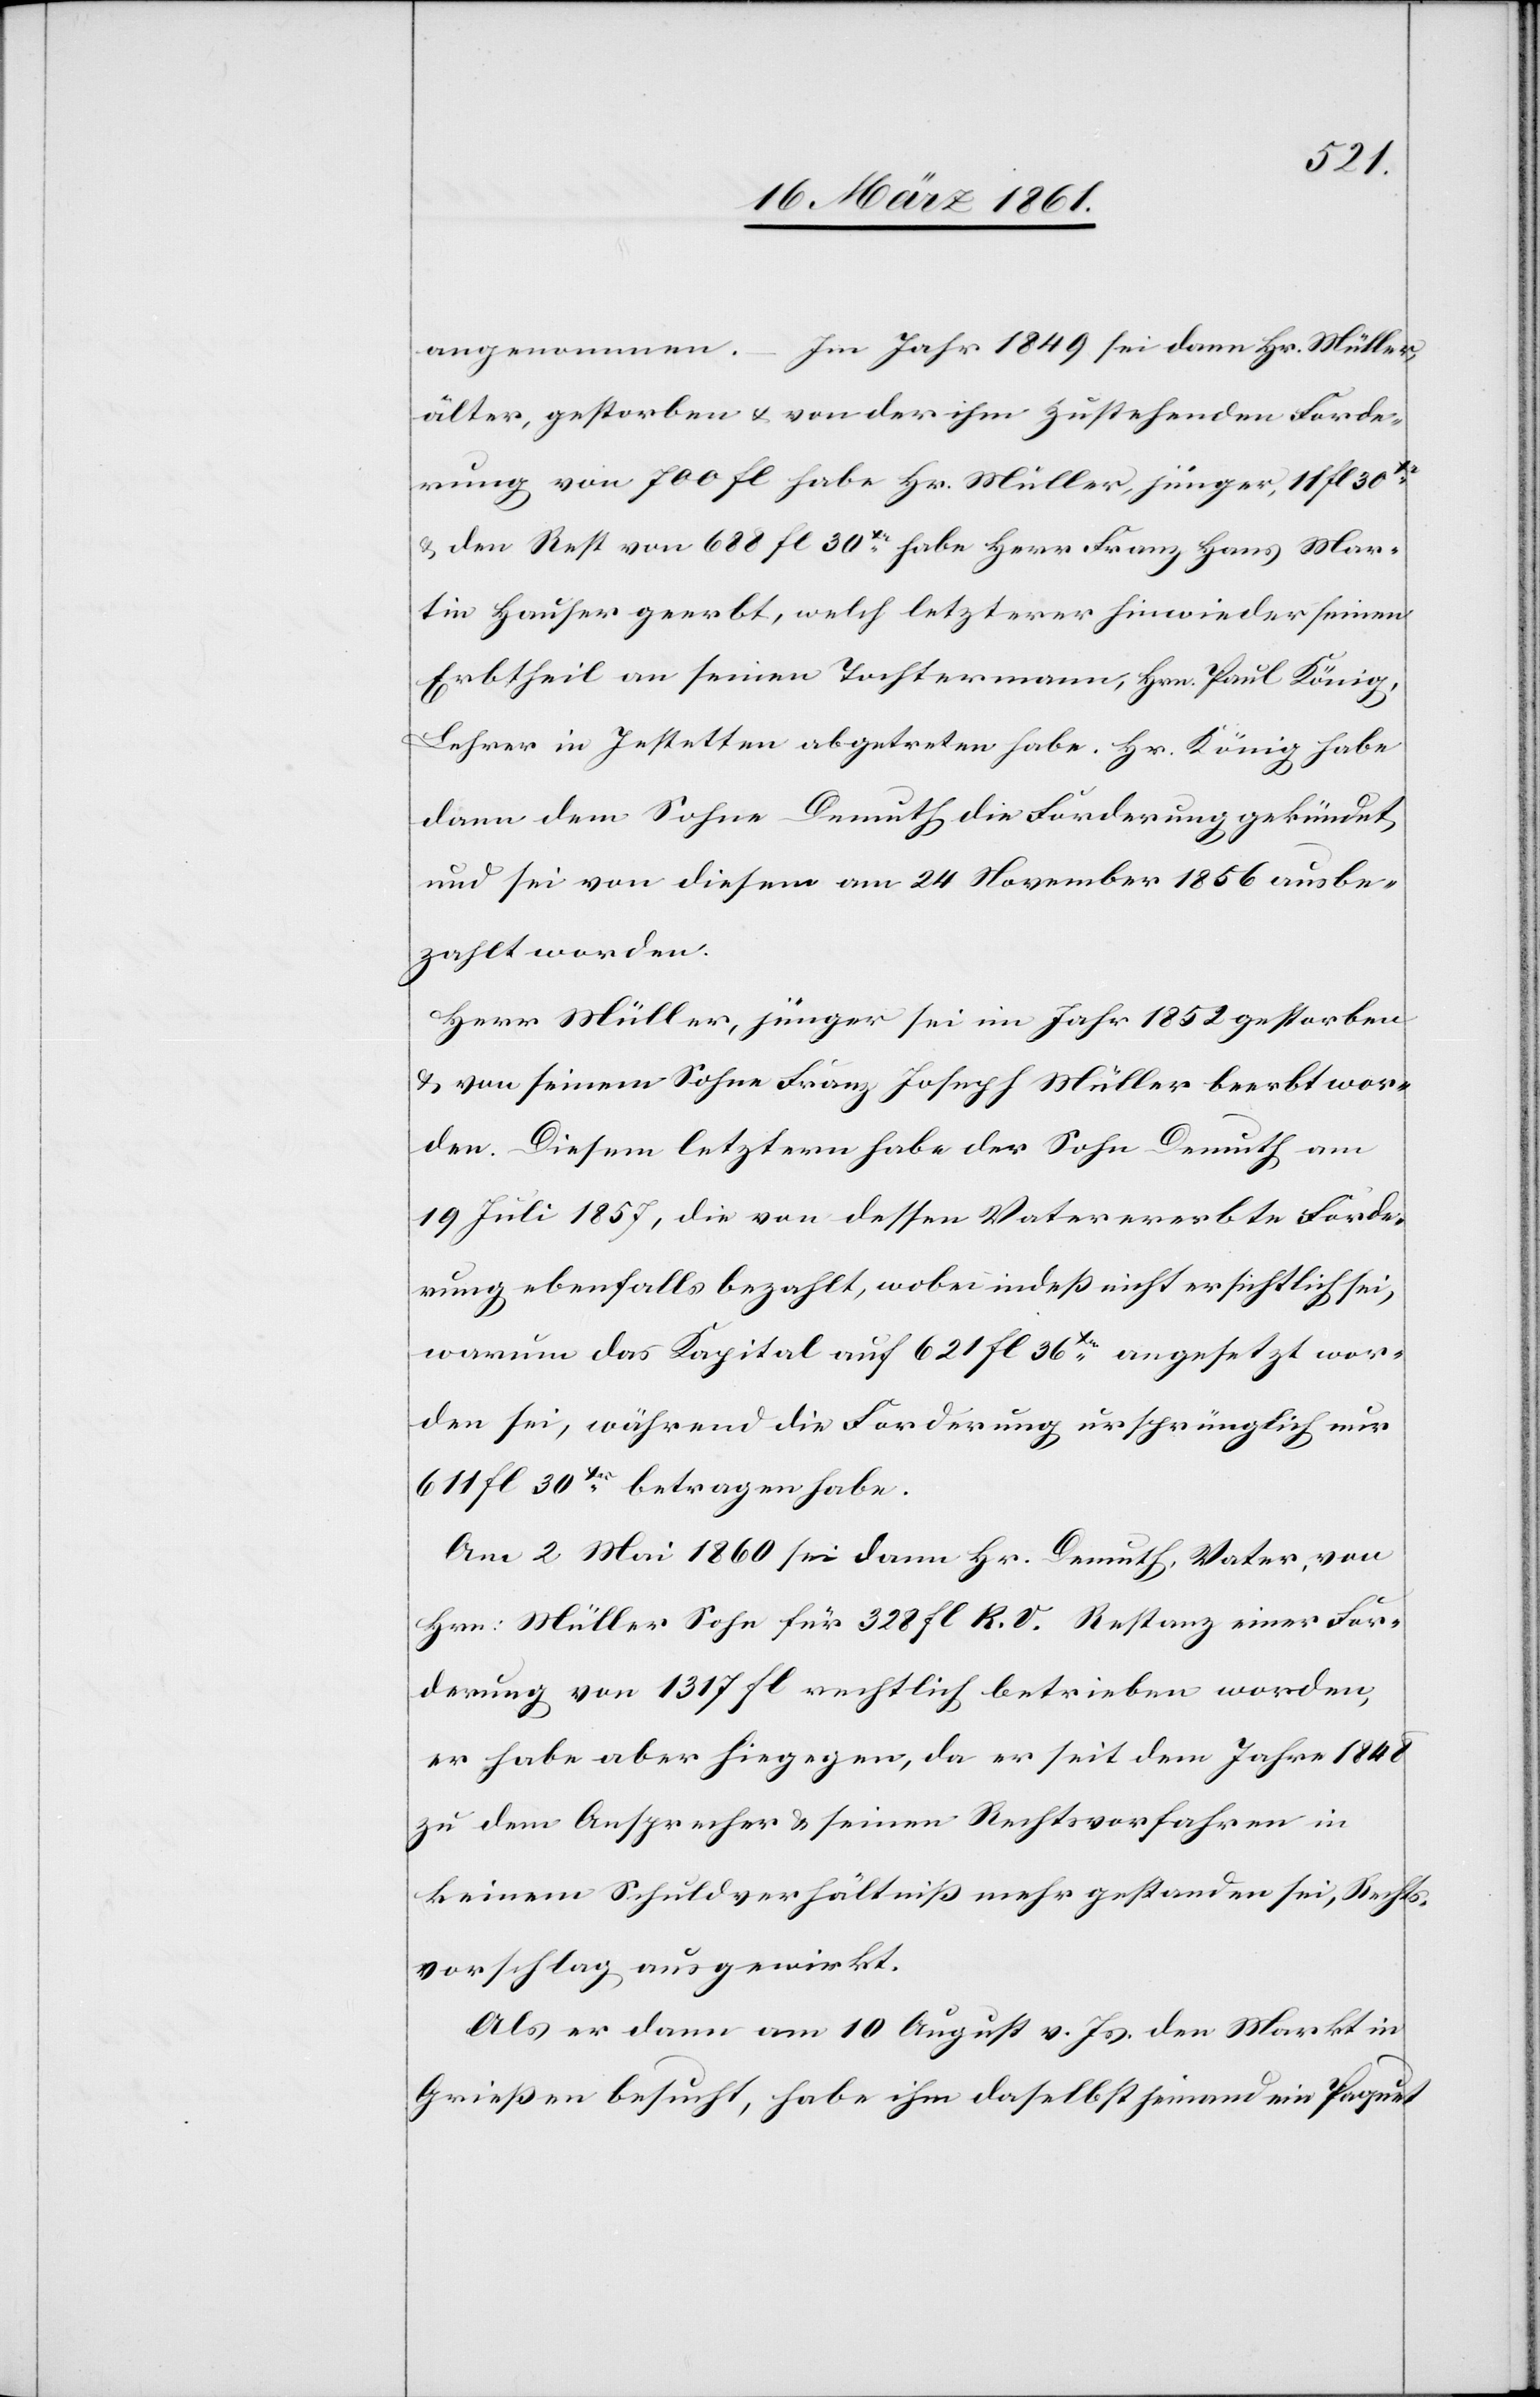
angenommen. Im Jahr 1849 sei dann Hr. Müller,
älter, gestorben u. von der ihm zustehenden Forde¬
rung von 700 fl. habe Hr. Müller, jünger, 11 fl 30Xr
u. den Rest von 688 fl 30Xr habe Herr Franz Hans Mar¬
tin Hauser geerbt, welch letzterer hinwieder seinen
Erbtheil an seinen Tochtermann, Hrn. Paul König,
Lehrer in Jestetten abgetreten habe. Hr. König habe
dann dem Sohne Demuth die Forderung gekündet
und sei von diesem am 24 November 1856 ausbe¬
zahlt worden.
Herr Müller, jünger sei im Jahr 1852 gestorben
u. von seinem Sohne Franz Joseph Müller beerbt wor¬
den. Diesem letztern habe der Sohn Demuth am
19 Juli 1857, die von dessen Vater ererbte Forde¬
rung ebenfalls bezahlt, wobei indeß nicht ersichtlich sei,
warum das Kapital auf 621 fl 36Xr angesetzt wor¬
den sei, während die Forderung ursprünglich nur
611 fl. 30Xr betragen habe.
Am 2 Mai 1860 sei dann Hr. Demuth, Vater, von
Hrn: Müller Sohn für 328 fl. R. V. Restanz einer For¬
derung von 1317 fl. rechtlich betrieben worden,
er habe aber hiegegen, da er seit dem Jahre 1848
zu dem Ansprecher u. seinen Rechtsvorfahren in
keinem Schuldverhältniß mehr gestanden sei, Rechts¬
vorschlag ausgewirkt.
Als er dann am 10 August v. Js. den Markt in
Grießen besucht, habe ihm daselbst jemand ein Paquet